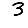
Digit: 3